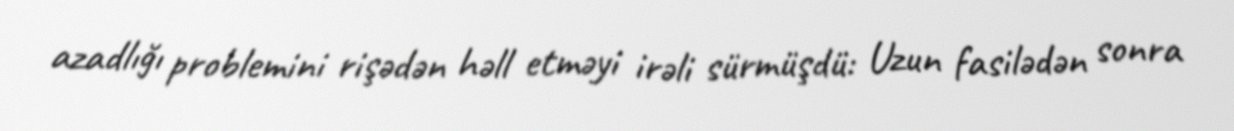
azadlığı problemini rişədən həll etməyi irəli sürmüşdü: Uzun fasilədən sonra